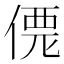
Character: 𠌐